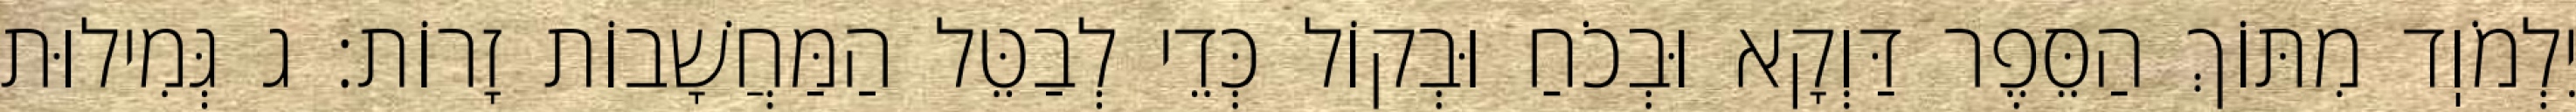
יִלְמֹוֽד מִתּוֹךְ הַסֵּפֶר דַּוְקָא וּבְכֹחַ וּבְקוֹל כְּדֵי לְבַטֵּל הַמַּחֲשָׁבוֹת זָרוֹת: ג גְּמִילוּת